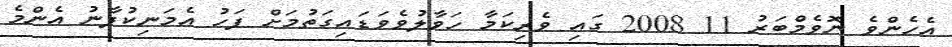
އެހެންވެ ނޮވެމްބަރު 11 2008 ގައި ވެރިކަމާ ހަވާލުވެވަޑައިގަތުމަށް ފަހު އެމަނިކުފާނު އެންމެ